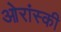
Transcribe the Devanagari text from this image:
ओरांस्की